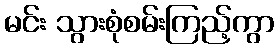
မင်း သွားစုံစမ်းကြည့်ကွာ